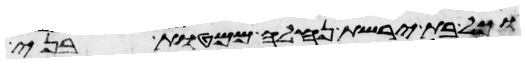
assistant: וכל בת ירשת נחלה ממטות בני